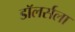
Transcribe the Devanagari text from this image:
डॉलर्सला